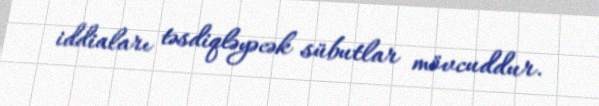
iddiaları təsdiqləyəcək sübutlar mövcuddur.